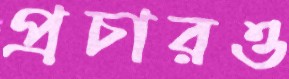
প্রচারও